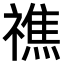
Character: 𥛲